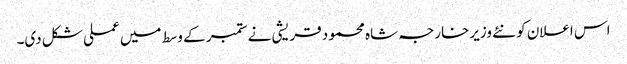
اس اعلان کو نئے وزیرخارجہ شاہ محمود قریشی نے ستمبر کے وسط میں عملی شکل دی۔